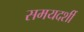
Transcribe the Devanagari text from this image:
समयदर्शी